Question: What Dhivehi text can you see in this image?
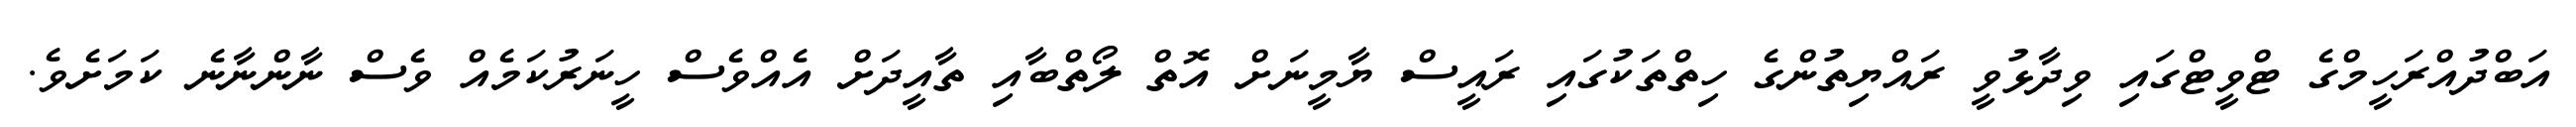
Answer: އަބްދުއްރަހީމްގެ ޓްވީޓްގައި ވިދާޅުވީ ރައްޔިތުންގެ ހިތްތަކުގައި ރައީސް ޔާމީނަށް އޮތް ލޯތްބާއި ތާއީދަށް އެއްވެސް ހީނަރުކަމެއް ވެސް ނާންނާނެ ކަމަށެވެ.